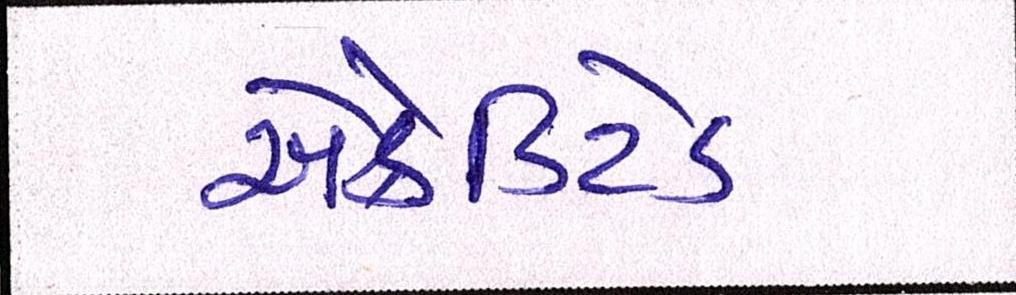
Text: એક્રેડિટેડ